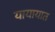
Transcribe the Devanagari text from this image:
यायायात